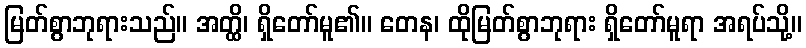
မြတ်စွာဘုရားသည်။ အတ္ထိ၊ ရှိတော်မူ၏။ တေန၊ ထိုမြတ်စွာဘုရား ရှိတော်မူရာ အရပ်သို့။